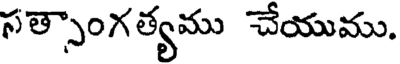
సత్సాంగత్యము చేయుము.